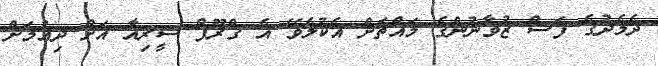
ދެމެދުގެ ފަސް ޒުވާނުންގެ މައްޗަށް އެކުލެވޭ އެ ގްރޫޕް ސީރިއާ އަށް ދިއުމަށް